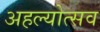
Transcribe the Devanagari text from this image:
अहल्योत्सव